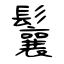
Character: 鬤